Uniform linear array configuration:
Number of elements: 16
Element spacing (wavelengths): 0.25
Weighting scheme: kaiser
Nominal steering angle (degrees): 15
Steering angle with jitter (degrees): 14.001
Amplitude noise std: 0.05
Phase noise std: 0.05

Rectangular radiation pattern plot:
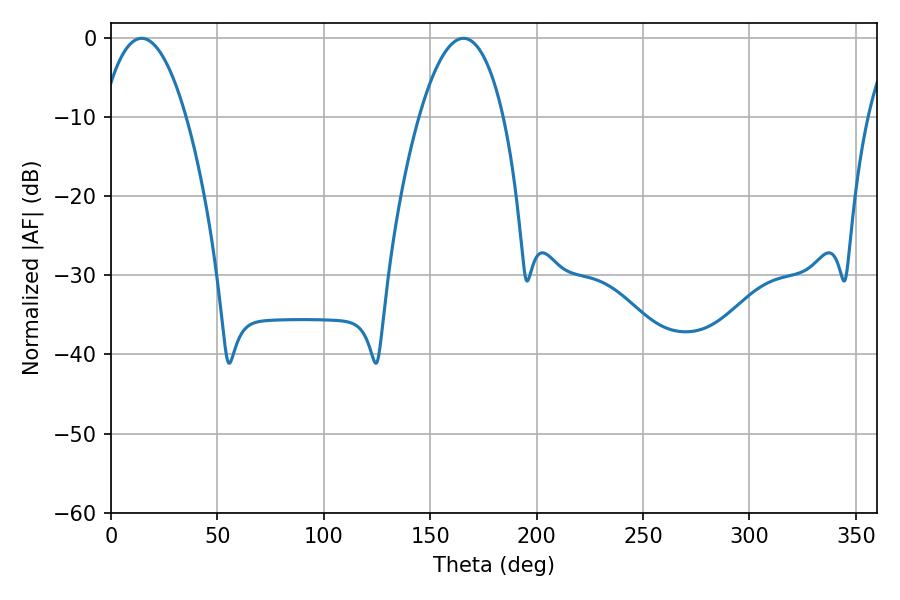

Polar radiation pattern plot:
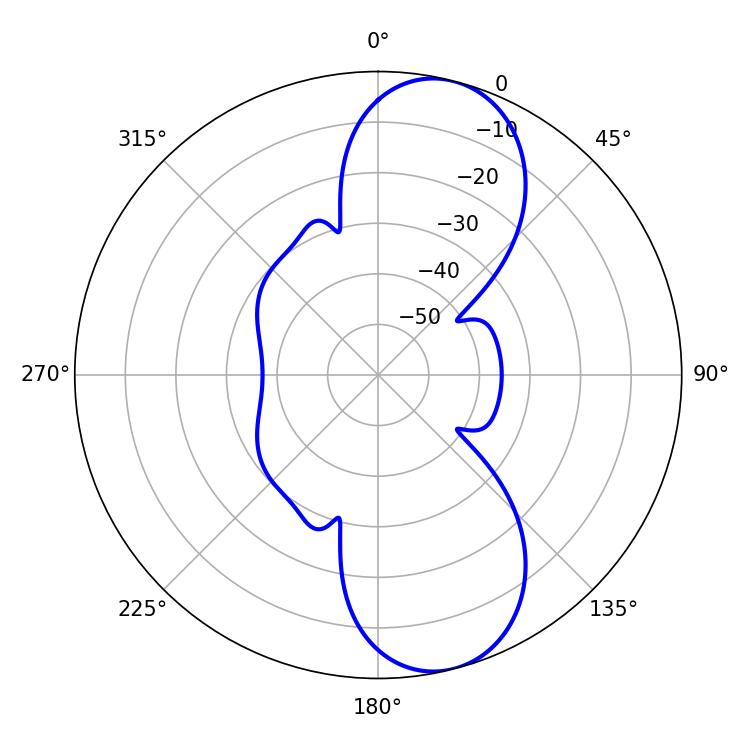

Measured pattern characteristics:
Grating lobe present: FALSE
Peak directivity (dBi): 9.815
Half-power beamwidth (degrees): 21.96
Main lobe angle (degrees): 14.4